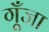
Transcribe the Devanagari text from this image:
गूँजा